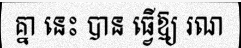
គ្នា នេះ បាន ធ្វើឱ្យ រណ